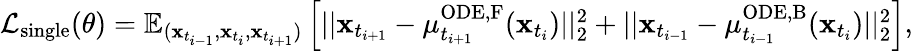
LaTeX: \begin{array}{r}{\mathcal{L}_{\mathrm{single}}(\theta)=\mathbb{E}_{(\mathbf{x}_{t_{i-1}},\mathbf{x}_{t_{i}},\mathbf{x}_{t_{i+1}})}\left[||\mathbf{x}_{t_{i+1}}-\mu_{t_{i+1}}^{\mathrm{ODE,F}}(\mathbf{x}_{t_{i}})||_{2}^{2}+||\mathbf{x}_{t_{i-1}}-\mu_{t_{i-1}}^{\mathrm{ODE,B}}(\mathbf{x}_{t_{i}})||_{2}^{2}\right],}\end{array}